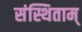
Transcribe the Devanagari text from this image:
संस्थिताम्‌